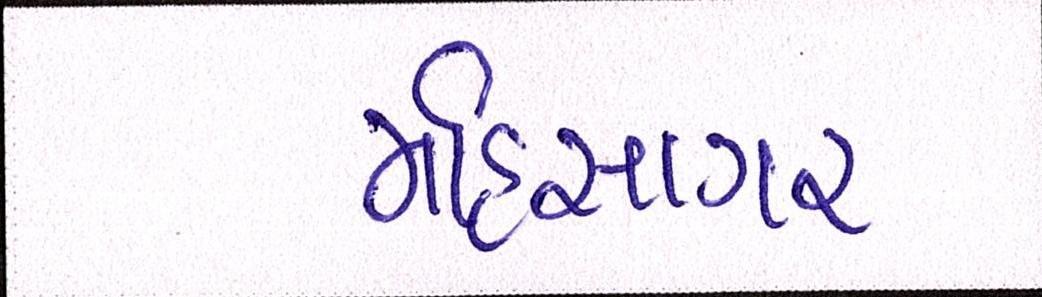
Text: મહિસાગર